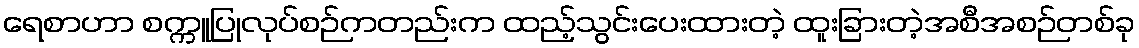
ရေစာဟာ စက္ကူပြုလုပ်စဉ်ကတည်းက ထည့်သွင်းပေးထားတဲ့ ထူးခြားတဲ့အစီအစဉ်တစ်ခု